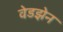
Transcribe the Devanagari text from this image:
वेडझेन